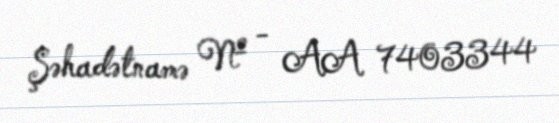
Şəhadətnamə № - AA 7403344